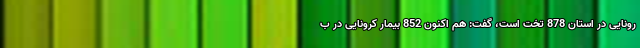
رونایی در استان 878 تخت است، گفت: هم اکنون 852 بیمار کرونایی در ب